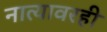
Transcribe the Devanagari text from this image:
नात्यावरही